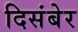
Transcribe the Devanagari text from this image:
दिसंबेर